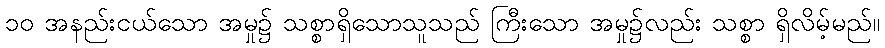
၁၀ အနည်းငယ်သော အမှု၌ သစ္စာရှိသောသူသည် ကြီးသော အမှု၌လည်း သစ္စာ ရှိလိမ့်မည်။